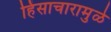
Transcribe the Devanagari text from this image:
हिंसाचारामुळे